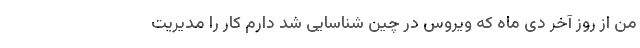
من از روز آخر دی ماه که ویروس در چین شناسایی شد دارم کار را مدیریت